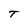
Character: T